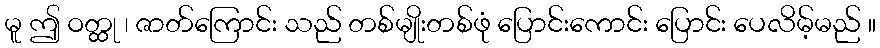
မူ ဤ ဝတ္ထု ၊ ဇာတ်ကြောင်း သည် တစ်မျိုးတစ်ဖုံ ပြောင်းကောင်း ပြောင်း ပေလိမ့်မည် ။